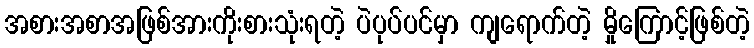
အစားအစာအဖြစ်အားကိုးစားသုံးရတဲ့ ပဲပုပ်ပင်မှာ ကျရောက်တဲ့ မှိုကြောင့်ဖြစ်တဲ့